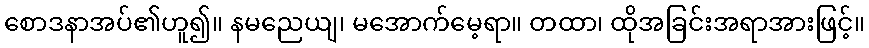
စောဒနာအပ်၏ဟူ၍။ နမညေယျ၊ မအောက်မေ့ရာ။ တထာ၊ ထိုအခြင်းအရာအားဖြင့်။